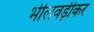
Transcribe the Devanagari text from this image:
भीलवड़ीकर